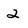
Character: 2